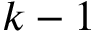
k - 1